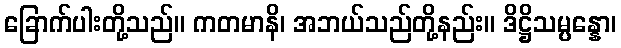
ခြောက်ပါးတို့သည်။ ကတမာနိ၊ အဘယ်သည်တို့နည်း။ ဒိဋ္ဌိသမ္ပန္နော၊